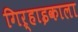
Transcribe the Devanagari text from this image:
गिऱ्हाइकाला